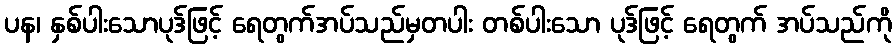
ပန၊ နှစ်ပါးသောပုဒ်ဖြင့် ရေတွက်အပ်သည်မှတပါး တစ်ပါးသော ပုဒ်ဖြင့် ရေတွက် အပ်သည်ကို